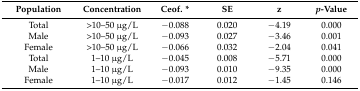
<table><thead><tr><td><b>Population</b></td><td><b>Concentration</b></td><td><b>Ceof. *</b></td><td><b>SE</b></td><td><b>z</b></td><td><b><i>p</i>-Value</b></td></tr></thead><tbody><tr><td>Total</td><td>&gt;10–50 μg/L</td><td>−0.088</td><td>0.020</td><td>−4.19</td><td>0.000</td></tr><tr><td>Male</td><td>&gt;10–50 μg/L</td><td>−0.093</td><td>0.027</td><td>−3.46</td><td>0.001</td></tr><tr><td>Female</td><td>&gt;10–50 μg/L</td><td>−0.066</td><td>0.032</td><td>−2.04</td><td>0.041</td></tr><tr><td>Total</td><td>1–10 μg/L</td><td>−0.045</td><td>0.008</td><td>−5.71</td><td>0.000</td></tr><tr><td>Male</td><td>1–10 μg/L</td><td>−0.093</td><td>0.010</td><td>−9.35</td><td>0.000</td></tr><tr><td>Female</td><td>1–10 μg/L</td><td>−0.017</td><td>0.012</td><td>−1.45</td><td>0.146</td></tr></tbody></table>